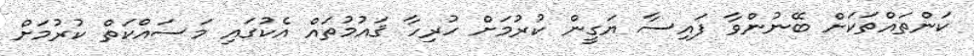
ކަންތައްތަކަށް ބޭނުންވާ ފައިސާ ޔަގީން ކުރުމަށް ހުރިހާ ޤައުމުތައް އެކުގައި މަސައްކަތް ކުރުމަށް